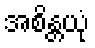
အစိန္တယုံ